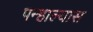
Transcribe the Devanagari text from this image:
पन्हाल्यास